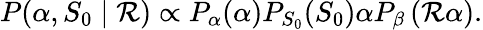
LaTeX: P(\alpha,S_{0}\mid\mathcal{R})\propto P_{\alpha}(\alpha)P_{S_{0}}(S_{0})\alpha P_{\beta}\left(\mathcal{R}\alpha\right).